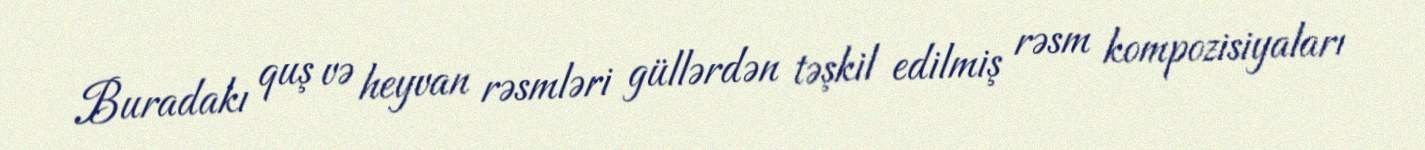
Buradakı quş və heyvan rəsmləri güllərdən təşkil edilmiş rəsm kompozisiyaları